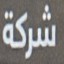
شركة